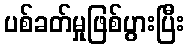
ပစ်ခတ်မှုဖြစ်ပွားပြီး